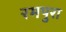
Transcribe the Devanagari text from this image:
रमपुरा